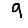
Digit: 9